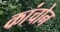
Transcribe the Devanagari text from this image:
कांचोन